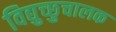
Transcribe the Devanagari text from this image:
विद्युच्छुचालक